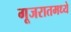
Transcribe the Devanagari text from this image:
गूजरातमध्ये